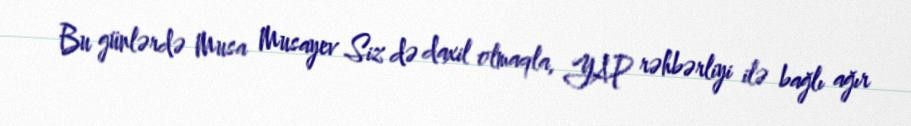
Bu günlərdə Musa Musayev Siz də daxil olmaqla, YAP rəhbərliyi ilə bağlı ağır